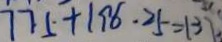
7 7 5 + 1 9 6 . 2 5 = 1 3 7